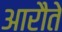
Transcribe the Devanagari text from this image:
आरौते